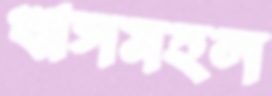
খাসমহল